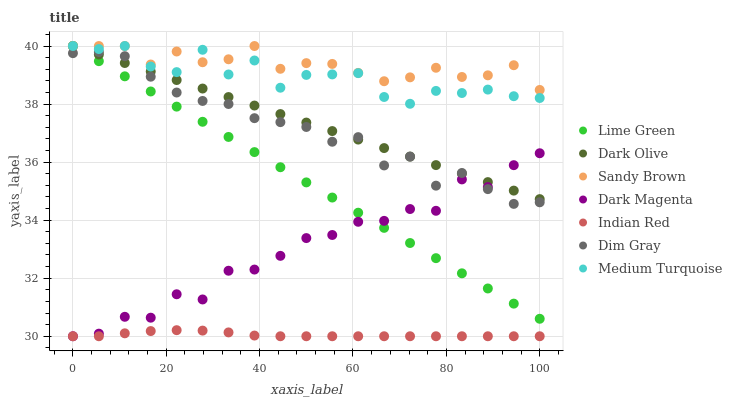
| xaxis_label | Lime Green | Dark Olive | Sandy Brown | Dark Magenta | Indian Red | Dim Gray | Medium Turquoise |
 | --- | --- | --- | --- | --- | --- | --- | --- |
 | 0 | 40 | 40 | 40 | 30 | 30 | 39.8 | 40 |
 | 5.56 | 39.5 | 39.7 | 40 | 30.1 | 30 | 39.8 | 39.9 |
 | 11.1 | 39 | 39.4 | 40 | 30.7 | 30.1 | 39.6 | 40 |
 | 16.7 | 38.4 | 39.1 | 39.4 | 30.6 | 30.2 | 38.9 | 39.3 |
 | 22.2 | 37.9 | 38.8 | 39.8 | 31.4 | 30.2 | 38.4 | 39.1 |
 | 27.8 | 37.4 | 38.5 | 39.4 | 31.3 | 30.2 | 38.1 | 39.9 |
 | 33.3 | 36.9 | 38.2 | 39.5 | 32.3 | 30.1 | 38 | 39 |
 | 38.9 | 36.3 | 37.9 | 40 | 32.3 | 30 | 37.5 | 39.5 |
 | 44.4 | 35.8 | 37.7 | 39.2 | 32.8 | 30 | 37.4 | 38.6 |
 | 50 | 35.3 | 37.4 | 39.4 | 33.4 | 30 | 37.2 | 39 |
 | 55.6 | 34.8 | 37.1 | 39.4 | 33.5 | 30 | 36.7 | 39 |
 | 61.1 | 34.3 | 36.8 | 39.1 | 33.9 | 30 | 36.9 | 39.1 |
 | 66.7 | 33.7 | 36.5 | 38.8 | 34 | 30 | 35.9 | 38.2 |
 | 72.2 | 33.2 | 36.2 | 38.9 | 34.4 | 30 | 36.2 | 38 |
 | 77.8 | 32.7 | 35.9 | 39.3 | 34.3 | 30 | 35.2 | 38.5 |
 | 83.3 | 32.2 | 35.6 | 38.9 | 35.4 | 30 | 35.6 | 38.4 |
 | 88.9 | 31.6 | 35.3 | 39 | 35.1 | 30 | 35.1 | 38.5 |
 | 94.4 | 31.1 | 35 | 39.3 | 35.9 | 30 | 34.6 | 38.3 |
 | 100 | 30.6 | 34.7 | 38.5 | 36.3 | 30 | 34.6 | 38.2 |